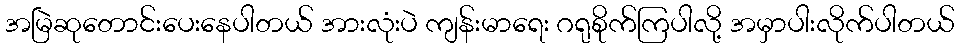
အမြဲဆုတောင်းပေးနေပါတယ် အားလုံးပဲ ကျန်းမာရေး ဂရုစိုက်ကြပါလို့ အမှာပါးလိုက်ပါတယ်